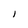
Character: l